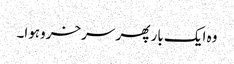
وہ ایک بار پھر سرخروہوا۔